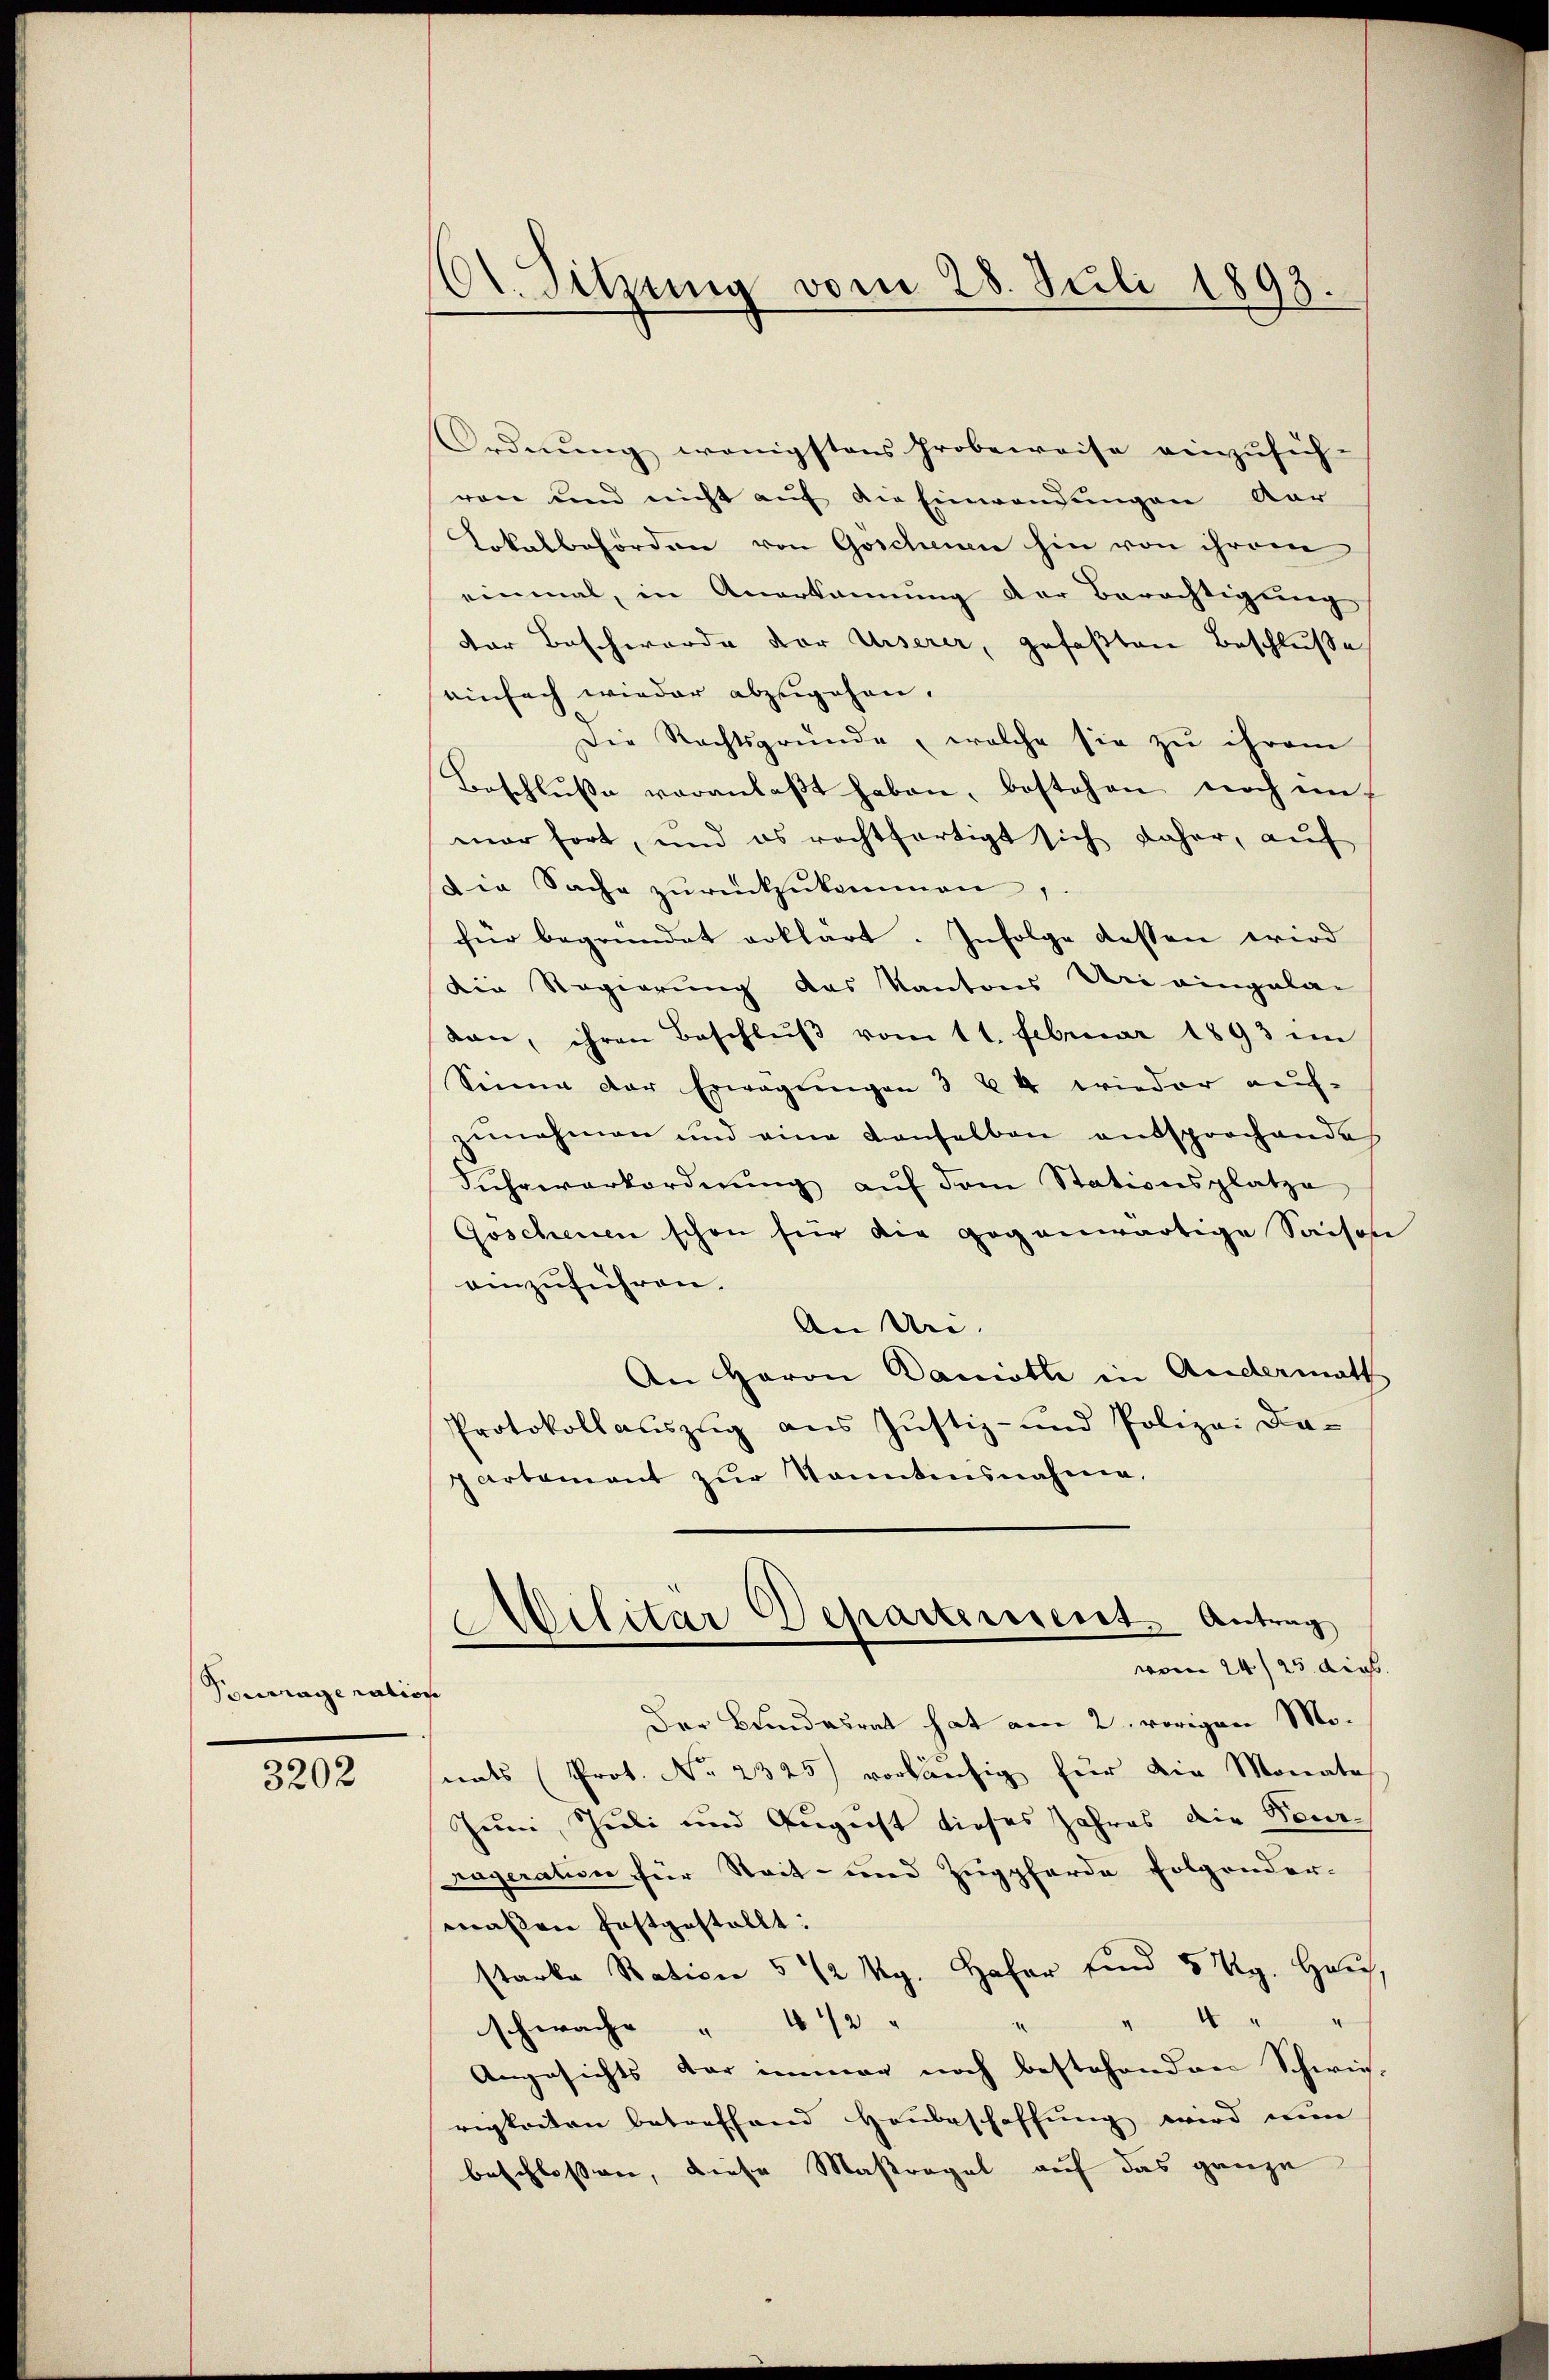
Touvrage ration

3202

dt. Sitzung vom 28. Juli 1893.

Ordnung wenigstens Probeweise einzusich
von und nicht auf die Einwendungen Aar
Lokalbehörden von Goschenen hin von ihrem
einmal, in Anerkannung der Berechtigung
der Beschwerde vor Unserer, gefaßten Beschluße
einfach wieder abzugehen.
Die Rechtsgründe, welche sie zu ihrem
Beschlŭsse veranlaßt haben, bestehen noch ein
mar fort, und es rechtfertigt sich daher, auf
Die Sache zŭrückzŭkommen,
für begründet erklärt. Infolge dessen wird
Die Regierung des Kantons Uri eingelan
dan, ihren Beschlŭβ vom 11. Februar 1893 im
Seine der Erwägŭngen 3 & 4 wieder aŭf-
zunahmen und eine denselben entsprochendes
Fuhrwerkordnung auf dem Stationsplatze
Goschenen schon für die gegenwärtige Saison
einzuführen.
An Ur- |
An Herrn Daniott in Andermath
Protokollaŭszŭg ans Justiz- und Polizei Da-
partement zur Tanntnisnahme,
Militar Departement. Antrag
vom 24./25. dies
Der Bundesrat hat am 2. vorigen Monats Prot. No 2325) vorläufig für die Monate
Juum, Juli und August dieses Jahres die Beur-
rageration für Steit- und Zugpferde folgender-
maßen festgestellt:
starke Ration 5 1/2 kg. Hafer und 5 Rg. Haus,
d
“
schwache " 4 1/2 "
Angesichts der immer noch bestehenden Schwie-
rigkeiten betreffend Haubeschaffung wird nun
beschlossen, diese Massregel auf das ganze